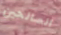
الصالحين